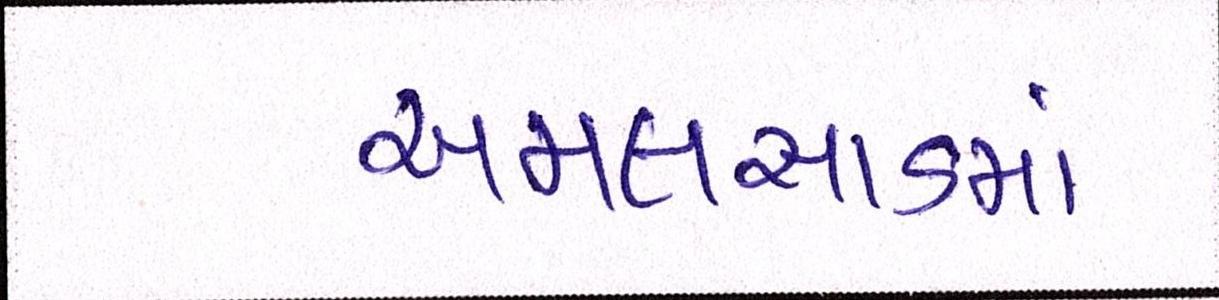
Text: અમલસાડમાં